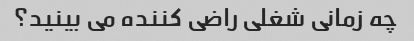
چه زمانی شغلی راضی کننده می بینید؟